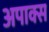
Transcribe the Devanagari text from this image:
अपाक्स